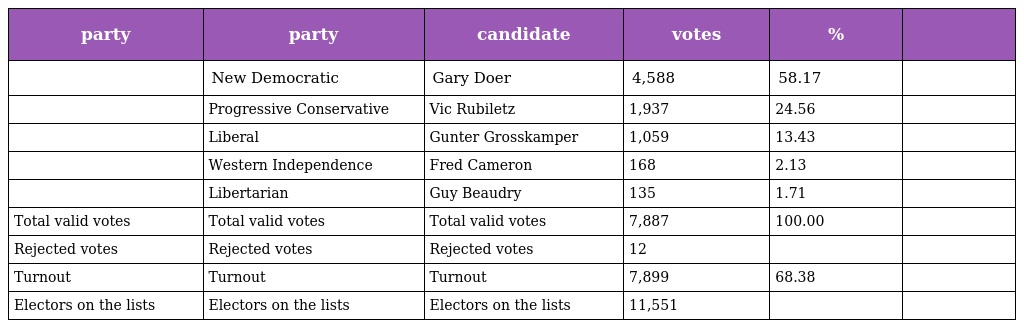
| party | party | candidate | votes | % |  |
 | --- | --- | --- | --- | --- | --- |
 |  | New Democratic | Gary Doer | 4,588 | 58.17 |  |
 |  | Progressive Conservative | Vic Rubiletz | 1,937 | 24.56 |  |
 |  | Liberal | Gunter Grosskamper | 1,059 | 13.43 |  |
 |  | Western Independence | Fred Cameron | 168 | 2.13 |  |
 |  | Libertarian | Guy Beaudry | 135 | 1.71 |  |
 | Total valid votes | Total valid votes | Total valid votes | 7,887 | 100.00 |  |
 | Rejected votes | Rejected votes | Rejected votes | 12 |  |  |
 | Turnout | Turnout | Turnout | 7,899 | 68.38 |  |
 | Electors on the lists | Electors on the lists | Electors on the lists | 11,551 |  |  |